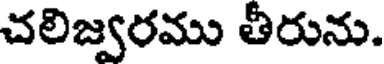
చలిజ్వరము తీరును.